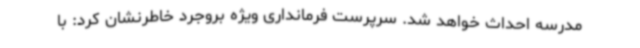
مدرسه احداث خواهد شد. سرپرست فرمانداری ویژه بروجرد خاطرنشان کرد: با